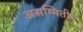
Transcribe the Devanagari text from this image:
असम्मितीय